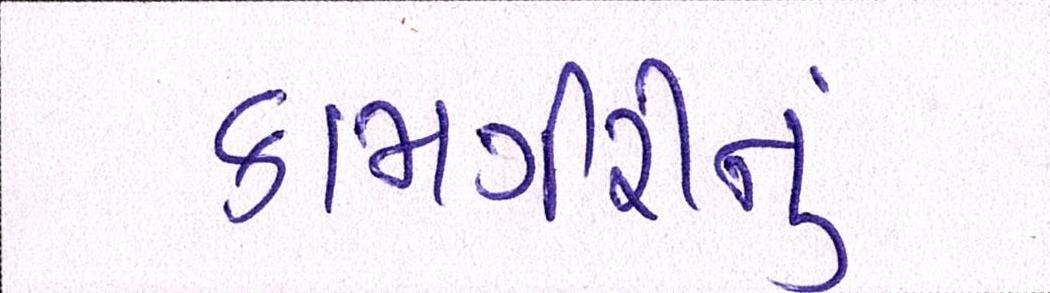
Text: કામગીરીનું